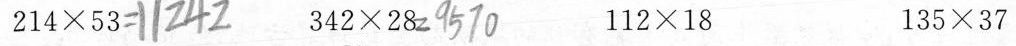
214×53## 342×28## 112×18 135×37